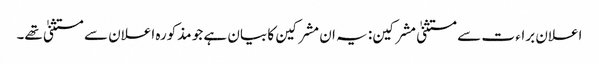
اعلان براء ت سے مستثنیٰ مشرکین: یہ ان مشرکین کا بیان ہے جو مذکورہ اعلان سے مستثنیٰ تھے۔